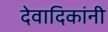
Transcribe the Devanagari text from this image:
देवादिकांनी